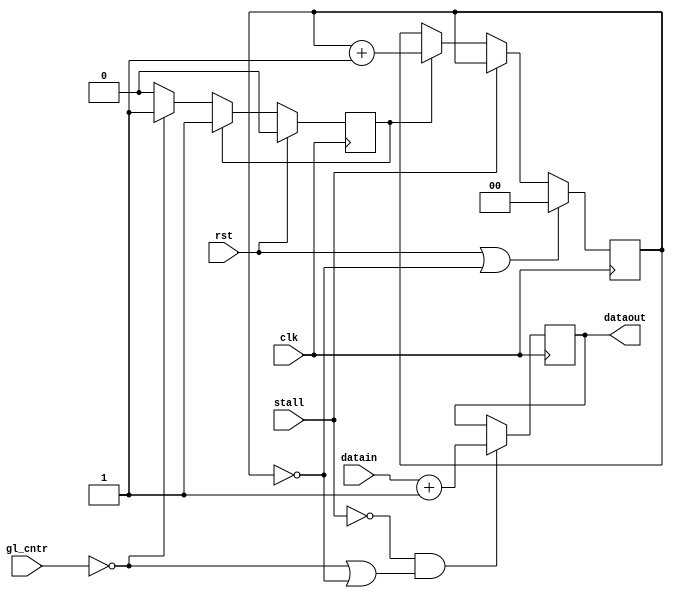
// =============================================================================
// Company              : Unversity of Glasgow, Comuting Science
// Template Author      : Syed Waqar Nabi
//
// Project Name         : TyTra
//
// Target Devices       : NONE
//
// 
// =============================================================================

// =============================================================================
// General Description
// -----------------------------------------------------------------------------
// This is a basic, parameterizeable node for MAP operations
// A simple simulator to test and verify TyTra dataflow scheduler 
// ============================================================================= 

module mapnode
#(  
    parameter GL_CNTR_W = 16  
  , parameter DATAW     = 32
  , parameter FI_CNTR_W = 2  
  , parameter LAT       = 1
  , parameter LFI       = 1
  , parameter AFI       = 1
  , parameter FPO       = 1
  , parameter SD        = 1
)

(
// =============================================================================
// ** Ports 
// =============================================================================
  // standard kernel control ports
    input                 clk   
  , input                 rst   	
  , input [GL_CNTR_W-1:0] gl_cntr
  , input                 stall
  , input [DATAW-1:0]     datain
  , output[DATAW-1:0]     dataout 
);

//active
//------
reg active;
always @(posedge clk) begin
  if (rst)              //startign delay has  happened
    active <= 0;
  else if (active)      //once active, remain active until reset
    active <= 1;
  else if (gl_cntr==SD-1) //activate when starting-delay reached
    active <= 1;
  else  
    active <= active;
end

//FI counter
//-----------
reg [FI_CNTR_W-1:0] fi_cntr;
always @(posedge clk) begin
  if(rst || (fi_cntr == AFI-1)) //reset when reached limit
    fi_cntr <= 0;
  else if (stall)             //global stall... do nothing
   fi_cntr <= fi_cntr;
  else if(active)             //increment only when active
    fi_cntr <= fi_cntr+1;
  else
   fi_cntr <= fi_cntr;
end

//firing condition
//----------------
//assign firing_cond = ((gl_cntr==SD-1) || (fi_cntr == AFI-1));
assign firing_cond = (~stall && ((gl_cntr==SD-1) || (fi_cntr == AFI-1)));

  //first condition checks for FIRST fire, the second for all subsequent fires

//fire FU
//-------
//simulate latency by a shift FIFO register
reg [DATAW-1:0] dataout_r [0:LAT-1];

//output assigned on first clock, then we simulate latency
always @(posedge clk)
 if(firing_cond)
  dataout_r[0] <= datain+1;
  
//for loop to simulate latency 
integer i;
always @(posedge clk)
 if(firing_cond)
  for (i = 0; i < LAT-1; i = i + 1)
    dataout_r[i+1] <= dataout_r[i];

//actual output is MS-word
assign dataout = dataout_r[LAT-1]; 
 
  
  
  
  
  
endmodule